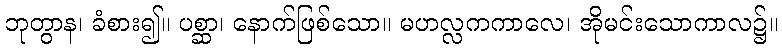
ဘုတွာန၊ ခံစား၍။ ပစ္ဆာ၊ နောက်ဖြစ်သော။ မဟလ္လကကာလေ၊ အိုမင်းသောကာလ၌။